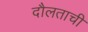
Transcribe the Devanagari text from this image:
दौलताची